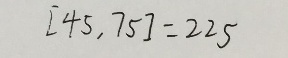
[ 4 5 , 7 5 ] = 2 2 5